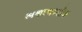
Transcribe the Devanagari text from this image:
अश्वत्थस्तोत्र